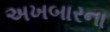
અખબારના